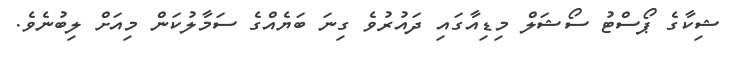
ޝިކާގެ ޕޯސްޓު ސޯޝަލް މިޑިއާގައި ދައުރުވެ ގިނަ ބަޔެއްގެ ސަމާލުކަން މިއަށް ލިބުނެވެ.